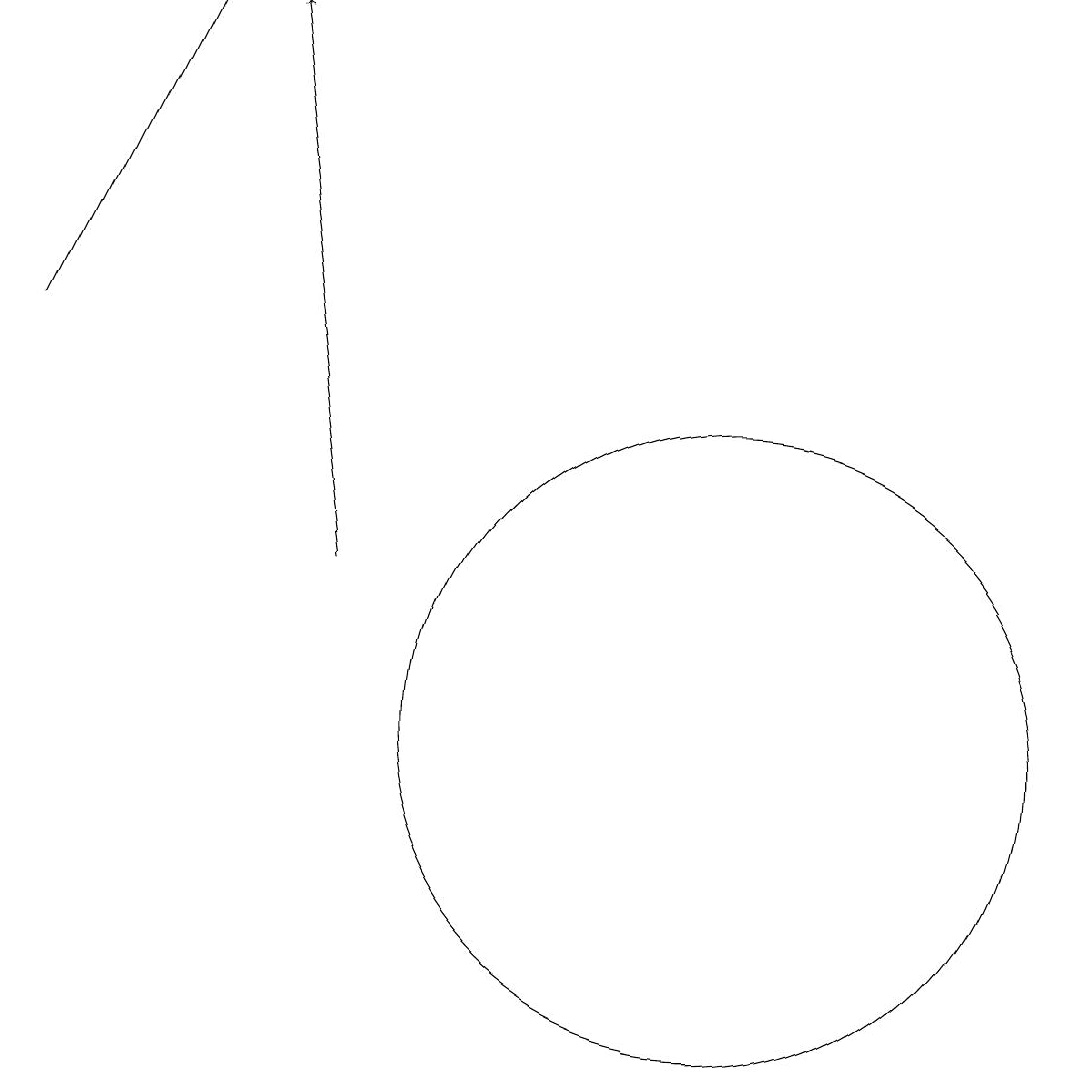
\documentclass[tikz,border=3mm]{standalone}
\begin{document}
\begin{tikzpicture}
\draw[->] (7,12) -- (6,19);
\draw (12,10) circle (4);
\draw[->] (3,15) -- (5,19);
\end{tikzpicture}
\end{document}